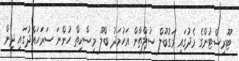
ޓޫރިސްޓުންގެ މެދުގައި މަގުބޫލް ސުލްތާން އަހުމަދު ބްލޫ މިސްކިތް ހުންނަ ސަރަހައްދުގައި ދިން